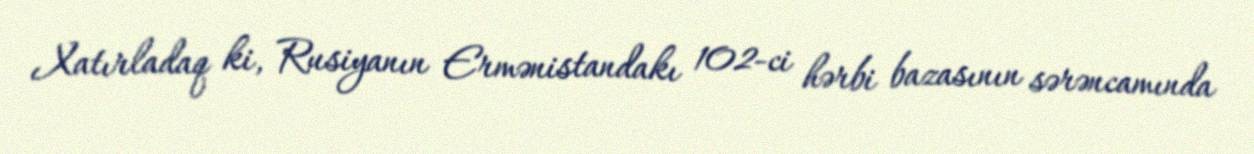
Xatırladaq ki, Rusiyanın Ermənistandakı 102-ci hərbi bazasının sərəncamında